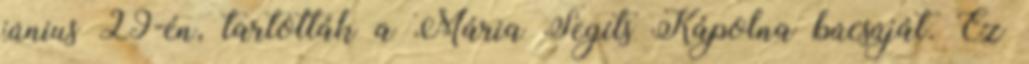
június 29-én, tartották a Mária Segíts Kápolna búcsúját. Ez